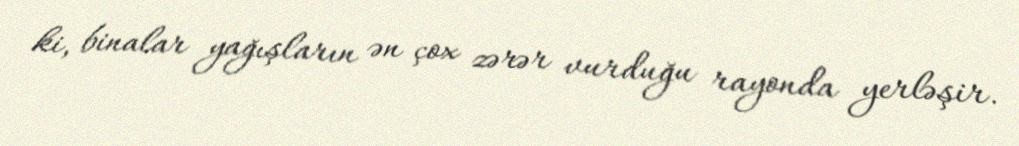
ki, binalar yağışların ən çox zərər vurduğu rayonda yerləşir.